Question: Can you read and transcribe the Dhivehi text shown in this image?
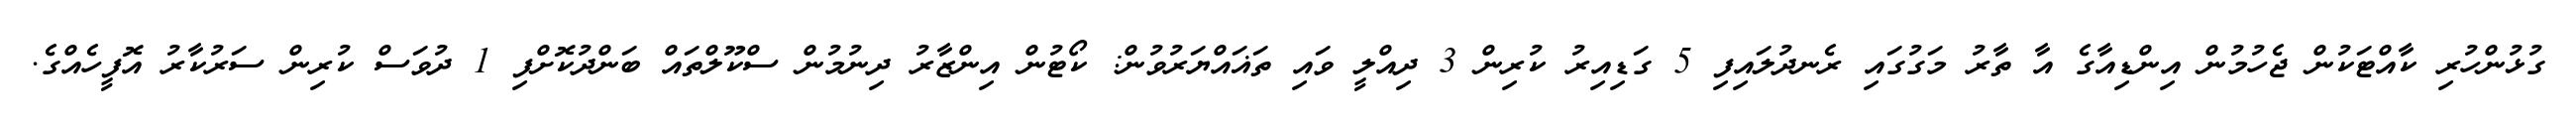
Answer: ގުޅުންހުރި ކާއްޓަކުން ޖެހުމުން އިންޑިއާގެ އާ ތާރު މަގުގައި ރެނދުލައިފި 5 ގަޑިއިރު ކުރިން 3 ދިއްލީ ވައި ތަޣައްޔަރުވުން: ކޯޓުން އިންޒާރު ދިނުމުން ސްކޫލްތައް ބަންދުކޮށްފި 1 ދުވަސް ކުރިން ސަރުކާރު އޮފީހެއްގެ.